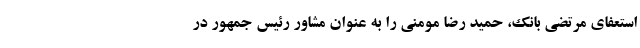
استعفای مرتضی بانک، حمید رضا مومنی را به عنوان مشاور رئیس جمهور در